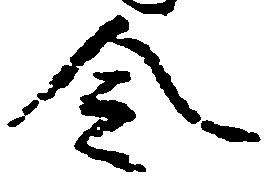
令